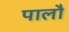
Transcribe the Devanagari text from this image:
पालौ